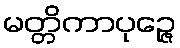
မတ္တိကာပုဉ္ဇေ